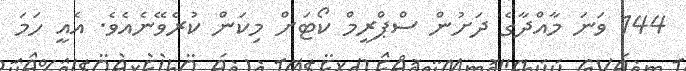
144 ވަނަ މާއްދާގެ ދަށުން ސްޕްރީމް ކޯޓަށް މިކަން ކުރެވޭނެއެވެ. އެއީ ހަމަ